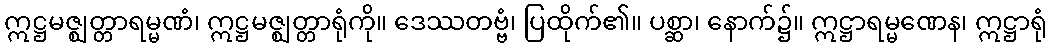
ဣဋ္ဌမဇ္ဈတ္တာရမ္မဏံ၊ ဣဋ္ဌမဇ္ဈတ္တာရုံကို။ ဒေဿတဗ္ဗံ၊ ပြထိုက်၏။ ပစ္ဆာ၊ နောက်၌။ ဣဋ္ဌာရမ္မဏေန၊ ဣဋ္ဌာရုံ